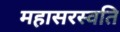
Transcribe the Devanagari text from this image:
महासरस्वति